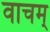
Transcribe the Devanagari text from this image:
वाचम्